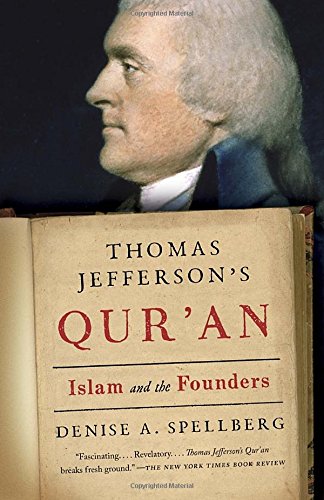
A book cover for Thomas Jefferson's Qur'an: Islam and the Founders; Denise Spellberg; Religion & Spirituality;